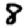
Digit: 8